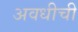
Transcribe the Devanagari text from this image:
अवधीची